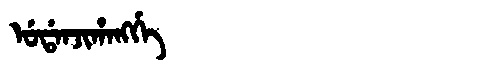
Manchu: ᡠᡩᠠᠨᠵᡳᡥᠠᠩᡤᡝ
Romanization: UDANJIHANGGE